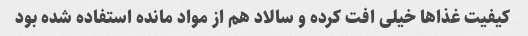
کیفیت غذاها خیلی افت کرده و سالاد هم از مواد مانده استفاده شده بود